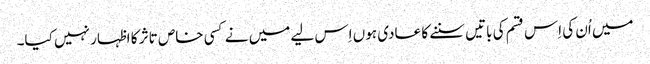
میں اُن کی اِس قسم کی باتیں سننے کا عادی ہوں اِس لیے میں نے کسی خاص تاثر کا اظہار نہیں کیا۔